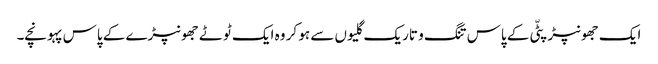
ایک جھونپڑپٹّی کے پاس تنگ و تاریک گلیوں سے ہو کر وہ ایک ٹوٹے جھونپڑے کے پاس پہونچے۔